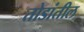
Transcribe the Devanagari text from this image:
तोडांतील